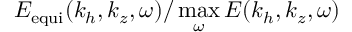
E _ { \mathrm { e q u i } } ( k _ { h } , k _ { z } , \omega ) / \operatorname* { m a x } _ { \omega } E ( k _ { h } , k _ { z } , \omega )